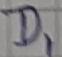
Text: D1